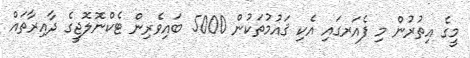
މީގެ އިތުރުން މި ފެއަރގައި އެކި ޤައުމުތަކުން 5000 ބައިވެރިން ޓެކްނޮލޮޖީގެ ދާއިރާތައް